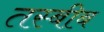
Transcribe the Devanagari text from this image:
तस्बीब